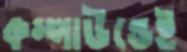
কম্পাউন্ডেই